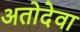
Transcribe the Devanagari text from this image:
अतोदेवा